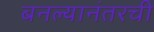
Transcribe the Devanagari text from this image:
बनल्यानंतरची